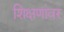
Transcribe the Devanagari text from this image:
शिक्षणांवर